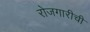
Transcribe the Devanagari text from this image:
रोजगारीची